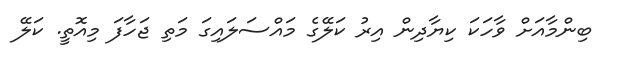
ބިންމާއަށް ވާހަކަ ކިޔާދިން އިރު ކަލޭގެ މައްސަލައިގަ މަތި ޖަހާފަ މިއޮތީ. ކަލޭ